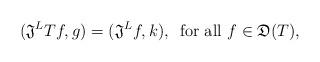
LaTeX: \begin{align*}(\mathfrak{J}^L Tf , g) = (\mathfrak{J}^L f , k), \,\,\, \textrm{for all} \,\, f \in \mathfrak{D}(T),\end{align*}